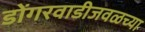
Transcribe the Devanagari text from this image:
डोंगरवाडीजवळच्या